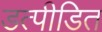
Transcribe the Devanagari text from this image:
डत्पीडित